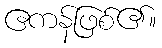
ဧကန်ဖြစ်၏။